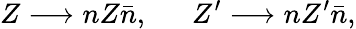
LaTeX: Z\longrightarrow nZ\bar{n},~~~~~~Z^{\prime}\longrightarrow nZ^{\prime}\bar{n},